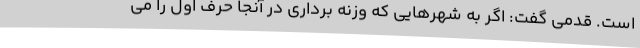
است. قدمی گفت: اگر به شهرهایی که وزنه برداری در آنجا حرف اول را می